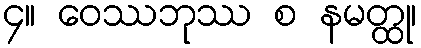
၄။ ဝေဿဘုဿ စ နမတ္ထု၊